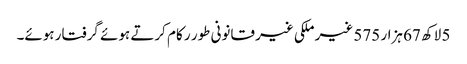
5 لاکھ 67 ہزار 575 غیر ملکی غیر قانونی طور ر کام کرتے ہوئے گرفتار ہوئے۔